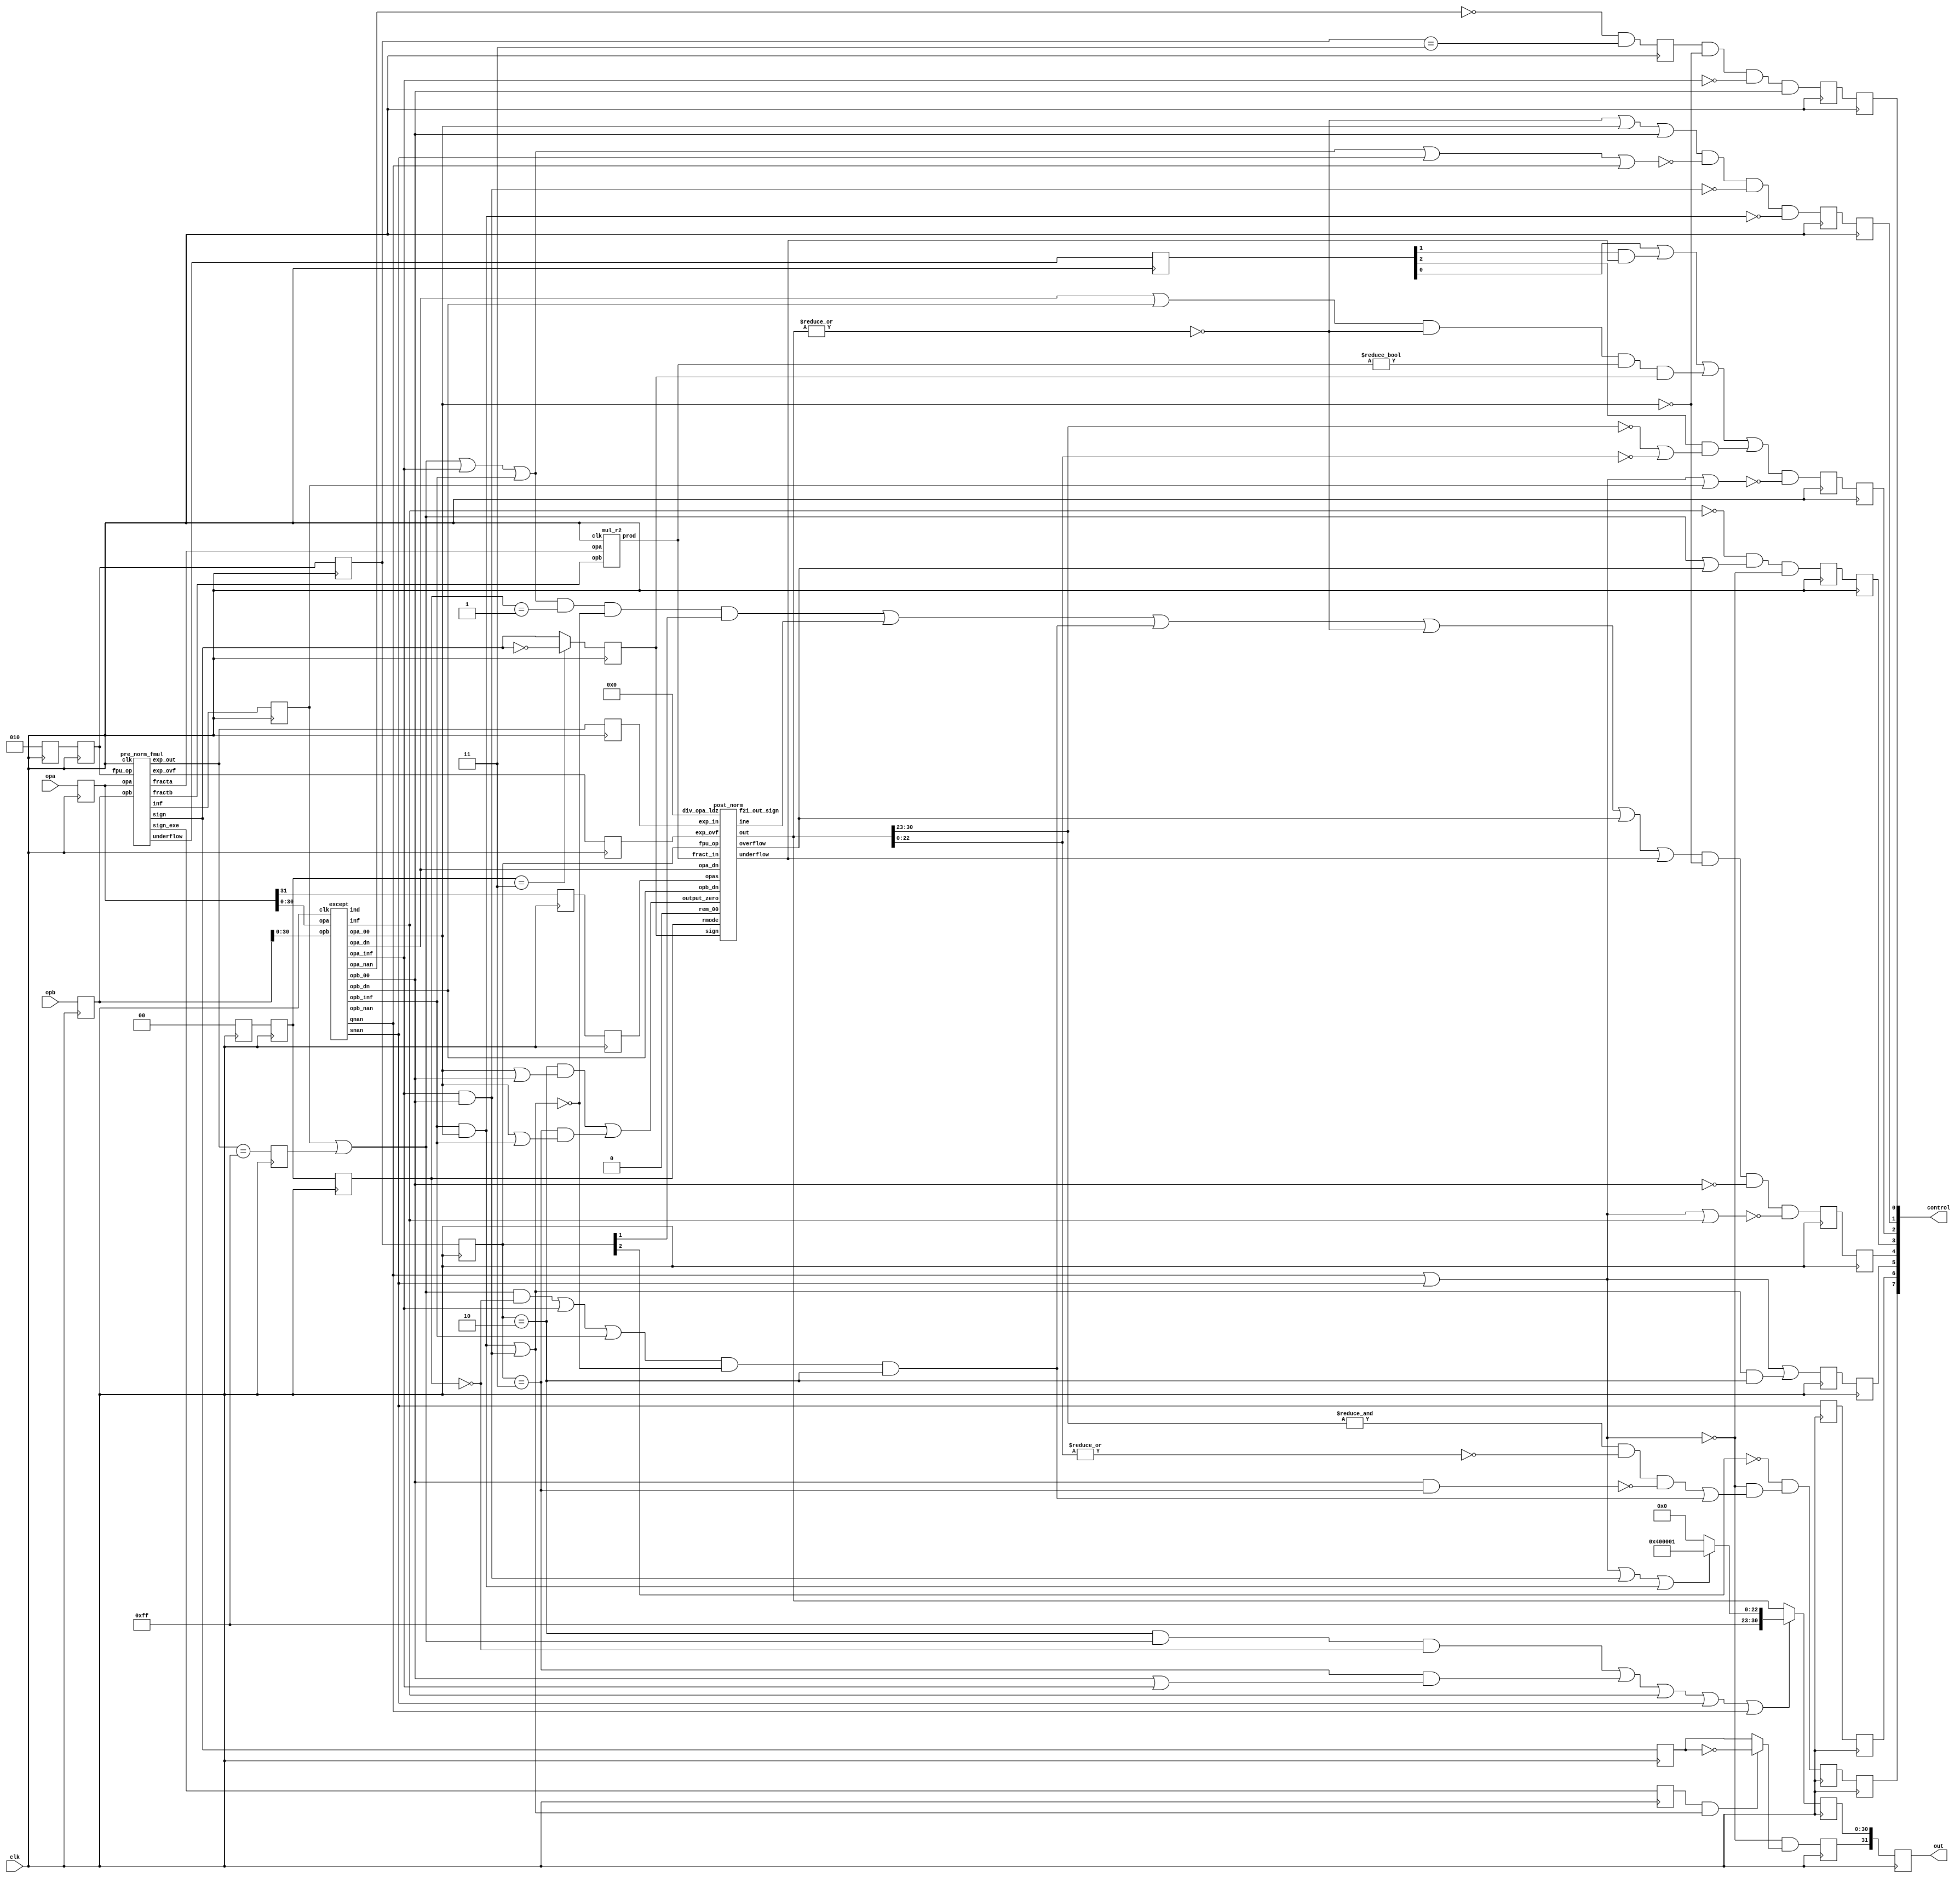
`define BITS 32         // Bit width of the operands
`define NumPath 34     

module fpu_mul( 
clk, 
//rmode, 
opa, opb, out, 
control
/*
inf, snan, qnan, ine, overflow, underflow, zero, div_by_zero
*/
);
input		clk;
//input	[1:0]	rmode;
input	[31:0]	opa, opb;
output	[31:0]	out;
output  [7:0] control;
/*
output		inf, snan, qnan;
output		ine;
output		overflow, underflow;
output		zero;
output		div_by_zero;
*/



////////////////////////////////////////////////////////////////////////
//
// Local Wires
//
reg [2:0] fpu_op;
reg		zero;
reg	[31:0]	opa_r, opb_r;		// Input operand registers
reg	[31:0]	out;			// Output register
reg		div_by_zero;		// Divide by zero output register
wire		signa, signb;		// alias to opX sign
wire		sign_fasu;		// sign output
wire	[26:0]	fracta, fractb;		// Fraction Outputs from EQU block
wire	[7:0]	exp_fasu;		// Exponent output from EQU block
reg	[7:0]	exp_r;			// Exponent output (registerd)
wire	[26:0]	fract_out_d;		// fraction output
wire		co;			// carry output
reg	[27:0]	fract_out_q;		// fraction output (registerd)
wire	[30:0]	out_d;			// Intermediate final result output
wire		overflow_d, underflow_d;// Overflow/Underflow Indicators
reg		overflow, underflow;	// Output registers for Overflow & Underflow
reg		inf, snan, qnan;	// Output Registers for INF, SNAN and QNAN
reg		ine;			// Output Registers for INE
reg	[1:0]	rmode_r1, rmode_r2, 	// Pipeline registers for rounding mode
		rmode_r3;
reg	[2:0]	fpu_op_r1, fpu_op_r2,	// Pipeline registers for fp opration
		fpu_op_r3;
wire		mul_inf, div_inf;
wire		mul_00, div_00;
/*
parameter	INF  = 31'h7f800000;
parameter	QNAN = 31'h7fc00001;
parameter	 SNAN = 31'h7f800001;

*/
wire	[1:0]	rmode;
assign rmode = 2'b00;

wire [30:0]	INF;
assign INF = 31'h7f800000;
wire [30:0]	QNAN; 
assign QNAN = 31'h7fc00001;
wire [30:0] SNAN;
assign SNAN = 31'h7f800001;

// start output_reg
reg [31:0]  out_o1;
reg     inf_o1, snan_o1, qnan_o1;
reg     ine_o1;
reg     overflow_o1, underflow_o1;
reg     zero_o1;
reg     div_by_zero_o1;
// end output_reg

wire [7:0] contorl;
assign control = {inf, snan, qnan, ine, overflow, underflow, zero, div_by_zero};

////////////////////////////////////////////////////////////////////////
//
// Input Registers
//

always @(posedge clk)  begin
 fpu_op[2:0] <= 3'b010;
end

always @(posedge clk)
	opa_r <= opa;

always @(posedge clk)
	opb_r <= opb;

always @(posedge clk)
	rmode_r1 <= rmode;

always @(posedge clk)
	rmode_r2 <= rmode_r1;

always @(posedge clk)
	rmode_r3 <= rmode_r2;

always @(posedge clk)
	fpu_op_r1 <= fpu_op;

always @(posedge clk)
	fpu_op_r2 <= fpu_op_r1;

always @(posedge clk)
	fpu_op_r3 <= fpu_op_r2;

////////////////////////////////////////////////////////////////////////
//
// Exceptions block
//
wire		inf_d, ind_d, qnan_d, snan_d, opa_nan, opb_nan;
wire		opa_00, opb_00;
wire		opa_inf, opb_inf;
wire		opa_dn, opb_dn;

except u0(	.clk(clk),
		.opa(opa_r[30:0]), .opb(opb_r[30:0]),
		.inf(inf_d), .ind(ind_d),
		.qnan(qnan_d), .snan(snan_d),
		.opa_nan(opa_nan), .opb_nan(opb_nan),
		.opa_00(opa_00), .opb_00(opb_00),
		.opa_inf(opa_inf), .opb_inf(opb_inf),
		.opa_dn(opa_dn), .opb_dn(opb_dn)
		);

////////////////////////////////////////////////////////////////////////
//
// Pre-Normalize block
// - Adjusts the numbers to equal exponents and sorts them
// - determine result sign
// - determine actual operation to perform (add or sub)
//

wire		nan_sign_d, result_zero_sign_d;
reg		sign_fasu_r;
wire	[7:0]	exp_mul;
wire		sign_mul;
reg		sign_mul_r;
wire	[23:0]	fracta_mul, fractb_mul;
wire		inf_mul;
reg		inf_mul_r;
wire	[1:0]	exp_ovf;
reg	[1:0]	exp_ovf_r;
wire		sign_exe;
reg		sign_exe_r;
wire	[2:0]	underflow_fmul_d;

pre_norm_fmul u2(
		.clk(clk),
		.fpu_op(fpu_op_r1),
		.opa(opa_r), .opb(opb_r),
		.fracta(fracta_mul),
		.fractb(fractb_mul),
		.exp_out(exp_mul),	// FMUL exponent output (registered)
		.sign(sign_mul),	// FMUL sign output (registered)
		.sign_exe(sign_exe),	// FMUL exception sign output (registered)
		.inf(inf_mul),		// FMUL inf output (registered)
		.exp_ovf(exp_ovf),	// FMUL exponnent overflow output (registered)
		.underflow(underflow_fmul_d)
		);

always @(posedge clk)
	sign_mul_r <=  sign_mul;

always @(posedge clk)
	sign_exe_r <=  sign_exe;

always @(posedge clk)
	inf_mul_r <=  inf_mul;

always @(posedge clk)
	exp_ovf_r <=  exp_ovf;


////////////////////////////////////////////////////////////////////////
//
// Mul
//
wire	[47:0]	prod;

mul_r2 u5(.clk(clk), .opa(fracta_mul), .opb(fractb_mul), .prod(prod));


////////////////////////////////////////////////////////////////////////
//
// Normalize Result
//
wire		ine_d;
reg	[47:0]	fract_denorm;
wire	[47:0]	fract_div;
wire		sign_d;
reg		sign;
reg	[30:0]	opa_r1;
reg	[47:0]	fract_i2f;
reg		opas_r1, opas_r2;
wire		f2i_out_sign;

always @(posedge clk)			// Exponent must be once cycle delayed
	exp_r <=  exp_mul;

always @(posedge clk)
	opa_r1 <= opa_r[30:0];

//always @(fpu_op_r3 or prod)
always @(prod)
	fract_denorm = prod;

always @(posedge clk)
	opas_r1 <=  opa_r[31];

always @(posedge clk)
	opas_r2 <=  opas_r1;

assign sign_d =  sign_mul;

always @(posedge clk)
	sign <=  (rmode_r2==2'h3) ? !sign_d : sign_d;

wire or_result;
assign or_result = mul_00 | div_00;
post_norm u4(
//.clk(clk),			// System Clock
	.fpu_op(fpu_op_r3),		// Floating Point Operation
	.opas(opas_r2),			// OPA Sign
	.sign(sign),			// Sign of the result
	.rmode(rmode_r3),		// Rounding mode
	.fract_in(fract_denorm),	// Fraction Input
	.exp_in(exp_r),			// Exponent Input
	.exp_ovf(exp_ovf_r),		// Exponent Overflow
	.opa_dn(opa_dn),		// Operand A Denormalized
	.opb_dn(opb_dn),		// Operand A Denormalized
	.rem_00(1'b0),		// Diveide Remainder is zero
	.div_opa_ldz(5'b00000),	// Divide opa leading zeros count
//	.output_zero(mul_00 | div_00),	// Force output to Zero
	.output_zero(or_result),	// Force output to Zero
	.out(out_d),			// Normalized output (un-registered)
	.ine(ine_d),			// Result Inexact output (un-registered)
	.overflow(overflow_d),		// Overflow output (un-registered)
	.underflow(underflow_d),	// Underflow output (un-registered)
	.f2i_out_sign(f2i_out_sign)	// F2I Output Sign
	);

////////////////////////////////////////////////////////////////////////
//
// FPU Outputs
//
wire	[30:0]	out_fixed;
wire		output_zero_fasu;
wire		output_zero_fdiv;
wire		output_zero_fmul;
reg		inf_mul2;
wire		overflow_fasu;
wire		overflow_fmul;
wire		overflow_fdiv;
wire		inf_fmul;
wire		sign_mul_final;
wire		out_d_00;
wire		sign_div_final;
wire		ine_mul, ine_mula, ine_div, ine_fasu;
wire		underflow_fasu, underflow_fmul, underflow_fdiv;
wire		underflow_fmul1;
reg	[2:0]	underflow_fmul_r;
reg		opa_nan_r;



always @(posedge clk)
	inf_mul2 <=  exp_mul == 8'hff;


// Force pre-set values for non numerical output
assign mul_inf = (fpu_op_r3==3'b010) & (inf_mul_r | inf_mul2) & (rmode_r3==2'h0);
assign div_inf = (fpu_op_r3==3'b011) & (opb_00 | opa_inf);

assign mul_00 = (fpu_op_r3==3'b010) & (opa_00 | opb_00);
assign div_00 = (fpu_op_r3==3'b011) & (opa_00 | opb_inf);

assign out_fixed = 
	( (qnan_d | snan_d) | 
		(opa_inf & opb_00)|
		(opb_inf & opa_00 )
	)  ? QNAN : INF;

always @(posedge clk)
	out_o1[30:0] <=  (mul_inf | div_inf | inf_d | snan_d | qnan_d) ?  out_fixed : out_d;

assign out_d_00 = !(|out_d);

assign sign_mul_final = (sign_exe_r & ((opa_00 & opb_inf) | (opb_00 & opa_inf))) ? !sign_mul_r : sign_mul_r;

assign sign_div_final = (sign_exe_r & (opa_inf & opb_inf)) ? !sign_mul_r : sign_mul_r | (opa_00 & opb_00);

always @(posedge clk)
//	out_o1[31] <= 	 !(snan_d | qnan_d) ?	sign_mul_final : nan_sign_d ;
  out_o1[31] <= !(snan_d | qnan_d) & sign_mul_final;

// Exception Outputs
assign ine_mula = ((inf_mul_r |  inf_mul2 | opa_inf | opb_inf) & (rmode_r3==2'h1) & 
		!((opa_inf & opb_00) | (opb_inf & opa_00 )) & fpu_op_r3[1]);

assign ine_mul  = (ine_mula | ine_d | inf_fmul | out_d_00 | overflow_d | underflow_d) &
		  !opa_00 & !opb_00 & !(snan_d | qnan_d | inf_d);

always @(posedge  clk)
	ine_o1 <=  ine_mul;


assign overflow_fmul = !inf_d & (inf_mul_r | inf_mul2 | overflow_d) & !(snan_d | qnan_d);

always @(posedge clk)
	overflow_o1 <= 	 overflow_fmul;

always @(posedge clk)
	underflow_fmul_r <=  underflow_fmul_d;

wire out_d_compare1;
assign out_d_compare1 = (out_d[30:23]==8'b0);

wire out_d_compare2;
assign out_d_compare2 = (out_d[22:0]==23'b0);
/*
assign underflow_fmul1 = underflow_fmul_r[0] |
			(underflow_fmul_r[1] & underflow_d ) |
			((opa_dn | opb_dn) & out_d_00 & (prod!=0) & sign) |
			(underflow_fmul_r[2] & ((out_d[30:23]==8'b0) | (out_d[22:0]==23'b0)));
*/
assign underflow_fmul1 = underflow_fmul_r[0] |
			(underflow_fmul_r[1] & underflow_d ) |
			((opa_dn | opb_dn) & out_d_00 & (prod!=48'b0) & sign) |
			(underflow_fmul_r[2] & (out_d_compare1 | out_d_compare2));


assign underflow_fmul = underflow_fmul1 & !(snan_d | qnan_d | inf_mul_r);
/*
always @(posedge clk)
begin
	underflow_o1 <=  1'b0;
	snan_o1 <= 1'b0;
	qnan_o1 <= 1'b0;
	inf_fmul <= 1'b0;
	inf_o1 <= 1'b0;
	zero_o1 <= 1'b0;
	opa_nan_r <= 1'b0;
	div_by_zero_o1 <= 1'b0;
end
assign output_zero_fmul = 1'b0;
*/


always @(posedge clk)
	underflow_o1 <=   underflow_fmul;

always @(posedge clk)
	snan_o1 <=  snan_d;

// Status Outputs
always @(posedge clk)
	qnan_o1 <= 	 ( snan_d | qnan_d |
				(((opa_inf & opb_00) | (opb_inf & opa_00 )) & fpu_op_r3==3'b010)
					   );

assign inf_fmul = 	(((inf_mul_r | inf_mul2) & (rmode_r3==2'h0)) | opa_inf | opb_inf) & 
			!((opa_inf & opb_00) | (opb_inf & opa_00 )) &
			fpu_op_r3==3'b010;

always @(posedge clk)
/*
	inf_o1 <= 	fpu_op_r3[2] ? 1'b0 :
			(!(qnan_d | snan_d) & 
			( ((&out_d[30:23]) & !(|out_d[22:0]) & !(opb_00 & fpu_op_r3==3'b011)) | inf_fmul)
			);
*/
	inf_o1 <= !fpu_op_r3[2] & (!(qnan_d | snan_d) & 
			( ((&out_d[30:23]) & !(|out_d[22:0]) & !(opb_00 & fpu_op_r3==3'b011)) | inf_fmul)
			);

assign output_zero_fmul = (out_d_00 | opa_00 | opb_00) &
			  !(inf_mul_r | inf_mul2 | opa_inf | opb_inf | snan_d | qnan_d) &
			  !(opa_inf & opb_00) & !(opb_inf & opa_00);

always @(posedge clk)
	zero_o1 <=  output_zero_fmul;

always @(posedge clk)
	opa_nan_r <=  (!opa_nan) & (fpu_op_r2==3'b011) ;

always @(posedge clk)
	div_by_zero_o1 <=  opa_nan_r & !opa_00 & !opa_inf & opb_00;


// output register
always @(posedge clk)
begin
	qnan <=  qnan_o1;
	out <=  out_o1;
	inf <=  inf_o1;
	snan <=  snan_o1;
	//qnan <=  qnan_o1;
	ine <=  ine_o1;
	overflow <=  overflow_o1;
	underflow <=  underflow_o1;
	zero <=  zero_o1;
	div_by_zero <=  div_by_zero_o1;
end
endmodule
module mul_r2(clk, opa, opb, prod);
input		clk;
input	[23:0]	opa, opb;
output	[47:0]	prod;

reg	[47:0]	prod1, prod;

always @(posedge clk)
	prod1 <=   opa * opb;

always @(posedge clk)
	prod <=   prod1;

endmodule
module pre_norm_fmul(clk, fpu_op, opa, opb, fracta, fractb, exp_out, sign,
		sign_exe, inf, exp_ovf, underflow);
input		clk;
input	[2:0]	fpu_op;
input	[31:0]	opa, opb;
output	[23:0]	fracta, fractb;
output	[7:0]	exp_out;
output		sign, sign_exe;
output		inf;
output	[1:0]	exp_ovf;
output	[2:0]	underflow;

////////////////////////////////////////////////////////////////////////
//
// Local Wires and registers
//

reg	[7:0]	exp_out;
wire		signa, signb;
reg		sign, sign_d;
reg		sign_exe;
reg		inf;
wire	[1:0]	exp_ovf_d;
reg	[1:0]	exp_ovf;
wire	[7:0]	expa, expb;
wire	[7:0]	exp_tmp1, exp_tmp2;
wire		co1, co2;
wire		expa_dn, expb_dn;
wire	[7:0]	exp_out_a;
wire		opa_00, opb_00, fracta_00, fractb_00;
wire	[7:0]	exp_tmp3, exp_tmp4, exp_tmp5;
wire	[2:0]	underflow_d;
reg	[2:0]	underflow;
wire		op_div;
wire	[7:0]	exp_out_mul, exp_out_div;

assign op_div = (fpu_op == 3'b011);
////////////////////////////////////////////////////////////////////////
//
// Aliases
//
assign  signa = opa[31];
assign  signb = opb[31];
assign   expa = opa[30:23];
assign   expb = opb[30:23];

////////////////////////////////////////////////////////////////////////
//
// Calculate Exponenet
//

assign expa_dn   = !(|expa);
assign expb_dn   = !(|expb);
assign opa_00    = !(|opa[30:0]);
assign opb_00    = !(|opb[30:0]);
assign fracta_00 = !(|opa[22:0]);
assign fractb_00 = !(|opb[22:0]);

assign fracta[22:0] = opa[22:0];
assign fractb[22:0] = opb[22:0];
assign fracta[23:23] = !expa_dn;
assign fractb[23:23] = !expb_dn;
//assign fracta = {!expa_dn,opa[22:0]};	// Recover hidden bit
//assign fractb = {!expb_dn,opb[22:0]};	// Recover hidden bit

assign {co1,exp_tmp1} = op_div ? ({1'b0,expa[7:0]} - {1'b0,expb[7:0]}) : ({1'b0,expa[7:0]} + {1'b0,expb[7:0]});
assign {co2,exp_tmp2} = op_div ? ({co1,exp_tmp1} + 9'h07f) : ({co1,exp_tmp1} - 9'h07f);
assign exp_tmp3 = exp_tmp2 + 8'h01;
assign exp_tmp4 = 8'h7f - exp_tmp1;
assign exp_tmp5 = op_div ? (exp_tmp4+8'h01) : (exp_tmp4-8'h01);


always@(posedge clk)
	exp_out <= op_div ? exp_out_div : exp_out_mul;

assign exp_out_div = (expa_dn | expb_dn) ? (co2 ? exp_tmp5 : exp_tmp3 ) : co2 ? exp_tmp4 : exp_tmp2;
assign exp_out_mul = exp_ovf_d[1] ? exp_out_a : (expa_dn | expb_dn) ? exp_tmp3 : exp_tmp2;
assign exp_out_a   = (expa_dn | expb_dn) ? exp_tmp5 : exp_tmp4;
assign exp_ovf_d[0] = op_div ? (expa[7] & !expb[7]) : (co2 & expa[7] & expb[7]);
assign exp_ovf_d[1] = op_div ? co2                  : ((!expa[7] & !expb[7] & exp_tmp2[7]) | co2);

always @(posedge clk)
	exp_ovf <=   exp_ovf_d;

assign underflow_d[0] =	(exp_tmp1 < 8'h7f) & !co1 & !(opa_00 | opb_00 | expa_dn | expb_dn);
assign underflow_d[1] =	((expa[7] | expb[7]) & !opa_00 & !opb_00) |
			 (expa_dn & !fracta_00) | (expb_dn & !fractb_00);
assign underflow_d[2] =	 !opa_00 & !opb_00 & (exp_tmp1 == 8'h7f);

always @(posedge clk)
	underflow <= underflow_d;

always @(posedge clk)
	inf <= op_div ? (expb_dn & !expa[7]) : ({co1,exp_tmp1} > 9'h17e) ;


////////////////////////////////////////////////////////////////////////
//
// Determine sign for the output
//

// sign: 0=Posetive Number; 1=Negative Number
always @(signa or signb)
   case({signa, signb})		// synopsys full_case parallel_case
	2'b00: sign_d = 0;
	2'b01: sign_d = 1;
	2'b10: sign_d = 1;
	2'b11: sign_d = 0;
   endcase

always @(posedge clk)
	sign <= sign_d;

always @(posedge clk)
	sign_exe <= signa & signb;

endmodule

module except(	clk, opa, opb, inf, ind, qnan, snan, opa_nan, opb_nan,
		opa_00, opb_00, opa_inf, opb_inf, opa_dn, opb_dn);
input		clk;
input	[30:0]	opa, opb;
output		inf, ind, qnan, snan, opa_nan, opb_nan;
output		opa_00, opb_00;
output		opa_inf, opb_inf;
output		opa_dn;
output		opb_dn;

////////////////////////////////////////////////////////////////////////
//
// Local Wires and registers
//

wire	[7:0]	expa, expb;		// alias to opX exponent
wire	[22:0]	fracta, fractb;		// alias to opX fraction
reg		expa_ff, infa_f_r, qnan_r_a, snan_r_a;
reg		expb_ff, infb_f_r, qnan_r_b, snan_r_b;
reg		inf, ind, qnan, snan;	// Output registers
reg		opa_nan, opb_nan;
reg		expa_00, expb_00, fracta_00, fractb_00;
reg		opa_00, opb_00;
reg		opa_inf, opb_inf;
reg		opa_dn, opb_dn;

////////////////////////////////////////////////////////////////////////
//
// Aliases
//

assign   expa = opa[30:23];
assign   expb = opb[30:23];
assign fracta = opa[22:0];
assign fractb = opb[22:0];

////////////////////////////////////////////////////////////////////////
//
// Determine if any of the input operators is a INF or NAN or any other special number
//

always @(posedge clk)
	expa_ff <=  &expa;

always @(posedge clk)
	expb_ff <=  &expb;
	
always @(posedge clk)
	infa_f_r <=  !(|fracta);

always @(posedge clk)
	infb_f_r <=  !(|fractb);

always @(posedge clk)
	qnan_r_a <=   fracta[22];

always @(posedge clk)
	snan_r_a <=  !fracta[22] & |fracta[21:0];
	
always @(posedge clk)
	qnan_r_b <=   fractb[22];

always @(posedge clk)
	snan_r_b <=  !fractb[22] & |fractb[21:0];

always @(posedge clk)
	ind  <=  (expa_ff & infa_f_r) & (expb_ff & infb_f_r);

always @(posedge clk)
	inf  <=  (expa_ff & infa_f_r) | (expb_ff & infb_f_r);

always @(posedge clk)
	qnan <=  (expa_ff & qnan_r_a) | (expb_ff & qnan_r_b);

always @(posedge clk)
	snan <=  (expa_ff & snan_r_a) | (expb_ff & snan_r_b);

always @(posedge clk)
	opa_nan <=  &expa & (|fracta[22:0]);

always @(posedge clk)
	opb_nan <=  &expb & (|fractb[22:0]);

always @(posedge clk)
	opa_inf <=  (expa_ff & infa_f_r);

always @(posedge clk)
	opb_inf <=  (expb_ff & infb_f_r);

always @(posedge clk)
	expa_00 <=  !(|expa);

always @(posedge clk)
	expb_00 <=  !(|expb);

always @(posedge clk)
	fracta_00 <=  !(|fracta);

always @(posedge clk)
	fractb_00 <=  !(|fractb);

always @(posedge clk)
	opa_00 <=  expa_00 & fracta_00;

always @(posedge clk)
	opb_00 <=  expb_00 & fractb_00;

always @(posedge clk)
	opa_dn <=  expa_00;

always @(posedge clk)
	opb_dn <=  expb_00;

endmodule

module post_norm( fpu_op, opas, sign, rmode, fract_in, exp_in, exp_ovf,
		opa_dn, opb_dn, rem_00, div_opa_ldz, output_zero, out,
		ine, overflow, underflow, f2i_out_sign);
	input	[2:0]	fpu_op;
	input		opas;
	input		sign;
	input	[1:0]	rmode;
	input	[47:0]	fract_in;
	input	[7:0]	exp_in;
	input	[1:0]	exp_ovf;
	input		opa_dn, opb_dn;
	input		rem_00;
	input	[4:0]	div_opa_ldz;
	input		output_zero;
	output	[30:0]	out;
	output		ine;
	output		overflow, underflow;
	output		f2i_out_sign;

	////////////////////////////////////////////////////////////////////////
	//
	// Local Wires and registers
	//

	wire	[22:0]	fract_out;
	wire	[7:0]	exp_out;
	wire	[30:0]	out;
	wire		exp_out1_co, overflow, underflow;
	wire	[22:0]	fract_out_final;
	reg	[22:0]	fract_out_rnd;
	wire	[8:0]	exp_next_mi;
	wire		dn;
	wire		exp_rnd_adj;
	wire	[7:0]	exp_out_final;
	reg	[7:0]	exp_out_rnd;
	wire		op_dn;

	wire		op_mul;
	wire		op_div;
	wire		op_i2f;
	wire		op_f2i;


	//reg	[5:0]	fi_ldz;
	wire	[5:0]	fi_ldz;

	wire		g, r, s;
	wire		round, round2, round2a, round2_fasu, round2_fmul;
	wire	[7:0]	exp_out_rnd0, exp_out_rnd1, exp_out_rnd2, exp_out_rnd2a;
	wire	[22:0]	fract_out_rnd0, fract_out_rnd1, fract_out_rnd2, fract_out_rnd2a;
	wire		exp_rnd_adj0, exp_rnd_adj2a;
	wire		r_sign;
	wire		ovf0, ovf1;
	wire	[23:0]	fract_out_pl1;
	wire	[7:0]	exp_out_pl1, exp_out_mi1;
	wire		exp_out_00, exp_out_fe, exp_out_ff, exp_in_00, exp_in_ff;
	wire		exp_out_final_ff, fract_out_7fffff;
	wire	[24:0]	fract_trunc;
	wire	[7:0]	exp_out1;
	wire		grs_sel;
	wire		fract_out_00, fract_in_00;
	wire		shft_co;
	wire	[8:0]	exp_in_pl1, exp_in_mi1;
	wire	[47:0]	fract_in_shftr;
	wire	[47:0]	fract_in_shftl;

	// for block shifter
	wire	[47:0]	fract_in_shftr_1;
	wire	[47:0]	fract_in_shftl_1;
	// end for block shifter

	wire	[7:0]	exp_div;
	wire	[7:0]	shft2;
	wire	[7:0]	exp_out1_mi1;
	wire		div_dn;
	wire		div_nr;
	wire		grs_sel_div;

	wire		div_inf;
	wire	[6:0]	fi_ldz_2a;
	wire	[7:0]	fi_ldz_2;
	wire	[7:0]	div_shft1, div_shft2, div_shft3, div_shft4;
	wire		div_shft1_co;
	wire	[8:0]	div_exp1;
	wire	[7:0]	div_exp2, div_exp3;
	wire		left_right, lr_mul, lr_div;
	wire	[7:0]	shift_right, shftr_mul, shftr_div;
	wire	[7:0]	shift_left,  shftl_mul, shftl_div;
	wire	[7:0]	fasu_shift;
	wire	[7:0]	exp_fix_div;

	wire	[7:0]	exp_fix_diva, exp_fix_divb;
	wire	[5:0]	fi_ldz_mi1;
	wire	[5:0]	fi_ldz_mi22;
	wire		exp_zero;
	wire	[6:0]	ldz_all;
	wire	[7:0]	ldz_dif;

	wire	[8:0]	div_scht1a;
	wire	[7:0]	f2i_shft;
	wire	[55:0]	exp_f2i_1;
	wire		f2i_zero, f2i_max;
	wire	[7:0]	f2i_emin;
	wire	[7:0]	conv_shft;
	wire	[7:0]	exp_i2f, exp_f2i, conv_exp;
	wire		round2_f2i;


	assign		op_mul = fpu_op[2:0]==3'b010;
	assign		op_div = fpu_op[2:0]==3'b011;
	assign		op_i2f = fpu_op[2:0]==3'b100;
	assign		op_f2i = fpu_op[2:0]==3'b101;
	assign		op_dn = opa_dn | opb_dn;

	pri_encoder u6(
		.fract_in (fract_in),
		.fi_ldz (fi_ldz)
	);

	// ---------------------------------------------------------------------
	// Normalize

	wire		exp_in_80;
	wire		rmode_00, rmode_01, rmode_10, rmode_11;

	// Misc common signals
	assign exp_in_ff        = &exp_in;
	assign exp_in_00        = !(|exp_in);
	assign exp_in_80	= exp_in[7] & !(|exp_in[6:0]);
	assign exp_out_ff       = &exp_out;
	assign exp_out_00       = !(|exp_out);
	assign exp_out_fe       = &exp_out[7:1] & !exp_out[0];
	assign exp_out_final_ff = &exp_out_final;

	assign fract_out_7fffff = &fract_out;
	assign fract_out_00     = !(|fract_out);
	assign fract_in_00      = !(|fract_in);

	assign rmode_00 = (rmode==2'b00);
	assign rmode_01 = (rmode==2'b01);
	assign rmode_10 = (rmode==2'b10);
	assign rmode_11 = (rmode==2'b11);

	// Fasu Output will be denormalized ...
	assign dn = !op_mul & !op_div & (exp_in_00 | (exp_next_mi[8] & !fract_in[47]) );

	// ---------------------------------------------------------------------
	// Fraction Normalization
	wire[7:0] f2i_emax;
	assign f2i_emax = 8'h9d;
	//parameter	f2i_emax = 8'h9d;

	// Incremented fraction for rounding
	assign fract_out_pl1 = {1'b0, fract_out} + 24'h000001;

	// Special Signals for f2i
	assign f2i_emin = rmode_00 ? 8'h7e : 8'h7f;
	assign f2i_zero = (!opas & (exp_in<f2i_emin)) | (opas & (exp_in>f2i_emax)) | (opas & (exp_in<f2i_emin) & (fract_in_00 | !rmode_11));
	assign f2i_max = (!opas & (exp_in>f2i_emax)) | (opas & (exp_in<f2i_emin) & !fract_in_00 & rmode_11);

	// Calculate various shifting options

	assign {shft_co,shftr_mul} = (!exp_ovf[1] & exp_in_00) ? {1'b0, exp_out} : exp_in_mi1 ;
	assign {div_shft1_co, div_shft1} = exp_in_00 ? {1'b0, div_opa_ldz} : div_scht1a;
	assign div_scht1a = {1'b0, exp_in}-{4'b0, div_opa_ldz}; // 9 bits - includes carry out
	assign div_shft2  = exp_in+8'h02;
	assign div_shft3  = {3'b0, div_opa_ldz}+exp_in;
	assign div_shft4  = {3'b0, div_opa_ldz}-exp_in;

	assign div_dn    = op_dn & div_shft1_co;
	assign div_nr    = op_dn & exp_ovf[1]  & !(|fract_in[46:23]) & (div_shft3>8'h16);

	assign f2i_shft  = exp_in-8'h7d;

	// Select shifting direction
	assign left_right = op_div ? lr_div : op_mul ? lr_mul :1'b1;

	assign lr_div = 	(op_dn & !exp_ovf[1] & exp_ovf[0])     ? 1'b1 :
				(op_dn & exp_ovf[1])                   ? 1'b0 :
				(op_dn & div_shft1_co)                 ? 1'b0 :
				(op_dn & exp_out_00)                   ? 1'b1 :
				(!op_dn & exp_out_00 & !exp_ovf[1])    ? 1'b1 :
				exp_ovf[1]                             ? 1'b0 :
					                                 1'b1;
	assign lr_mul = 	(shft_co | (!exp_ovf[1] & exp_in_00) |
				(!exp_ovf[1] & !exp_in_00 & (exp_out1_co | exp_out_00) )) ? 	1'b1 :
				( exp_ovf[1] | exp_in_00 ) ?					1'b0 :
												1'b1;

	// Select Left and Right shift value
	assign fasu_shift  = (dn | exp_out_00) ? (exp_in_00 ? 8'h02 : exp_in_pl1[7:0]) : {2'h0, fi_ldz};
	assign shift_right = op_div ? shftr_div : shftr_mul;

	assign conv_shft = op_f2i ? f2i_shft : {2'h0, fi_ldz};

	assign shift_left  = op_div ? shftl_div : op_mul ? shftl_mul : (op_f2i | op_i2f) ? conv_shft : fasu_shift;

	assign shftl_mul = 	(shft_co |
				(!exp_ovf[1] & exp_in_00) |
				(!exp_ovf[1] & !exp_in_00 & (exp_out1_co | exp_out_00))) ? exp_in_pl1[7:0] : {2'h0, fi_ldz};

	assign shftl_div = 	( op_dn & exp_out_00 & !(!exp_ovf[1] & exp_ovf[0]))	? div_shft1[7:0] :
				(!op_dn & exp_out_00 & !exp_ovf[1])    			? exp_in[7:0] :
					                                		 {2'h0, fi_ldz};
	assign shftr_div = 	(op_dn & exp_ovf[1])                   ? div_shft3 :
				(op_dn & div_shft1_co)                 ? div_shft4 : div_shft2;
	// Do the actual shifting
	//assign fract_in_shftr   = (|shift_right[7:6])                      ? 0 : fract_in>>shift_right[5:0];
	//assign fract_in_shftl   = (|shift_left[7:6] | (f2i_zero & op_f2i)) ? 0 : fract_in<<shift_left[5:0];

	b_right_shifter u1(
		.shift_in (fract_in),
		.shift_value (shift_right[5:0]),
		.shift_out (fract_in_shftr_1)
	);

	assign fract_in_shftr   = (|shift_right[7:6]) ? 48'b0 : fract_in_shftr_1; // fract_in>>shift_right[5:0];


	b_left_shifter u7(
		.shift_in (fract_in),
		.shift_value (shift_left[5:0]),
		.shift_out (fract_in_shftl_1)
	);

	assign fract_in_shftl   = (|shift_left[7:6] | (f2i_zero & op_f2i)) ? 48'b0 : fract_in_shftl_1; // fract_in<<shift_left[5:0];


	// Chose final fraction output
	assign {fract_out,fract_trunc} = left_right ? fract_in_shftl : fract_in_shftr;

	// ---------------------------------------------------------------------
	// Exponent Normalization

	assign fi_ldz_mi1    = fi_ldz - 6'h01;
	assign fi_ldz_mi22   = fi_ldz - 6'd22;
	assign exp_out_pl1   = exp_out + 8'h01;
	assign exp_out_mi1   = exp_out - 8'h01;
	assign exp_in_pl1    = {1'b0, exp_in}  + 9'd1;	// 9 bits - includes carry out
	assign exp_in_mi1    = {1'b0, exp_in}  - 9'd1;	// 9 bits - includes carry out
	assign exp_out1_mi1  = exp_out1 - 8'h01;

	assign exp_next_mi  = exp_in_pl1 - {3'b0, fi_ldz_mi1};	// 9 bits - includes carry out

	assign exp_fix_diva = exp_in - {2'b0, fi_ldz_mi22};
	assign exp_fix_divb = exp_in - {2'b0, fi_ldz_mi1};

	//assign exp_zero  = (exp_ovf[1] & !exp_ovf[0] & op_mul & (!exp_rnd_adj2a | !rmode[1])) | (op_mul & exp_out1_co);
	assign exp_zero  = (exp_ovf[1] & !exp_ovf[0] & op_mul ) | (op_mul & exp_out1_co);

	assign {exp_out1_co, exp_out1} = fract_in[47] ? exp_in_pl1 : exp_next_mi;

	assign f2i_out_sign =  !opas ? ((exp_in<f2i_emin) ? 1'b0 : (exp_in>f2i_emax) ? 1'b0 : opas) :
				       ((exp_in<f2i_emin) ? 1'b0 : (exp_in>f2i_emax) ? 1'b1 : opas);

	assign exp_i2f   = fract_in_00 ? (opas ? 8'h9e : 8'h00) : (8'h9e-{2'b0, fi_ldz});

	//assign exp_f2i_1 = {{8{fract_in[47]}}, fract_in }<<f2i_shft;
	b_left_shifter_new u3(
		.shift_in ({{8{fract_in[47]}}, fract_in }),
		.shift_value (f2i_shft[5:0]),
		.shift_out (exp_f2i_1)
	);

	assign exp_f2i   = f2i_zero ? 8'h00 : f2i_max ? 8'hff : exp_f2i_1[55:48];
	assign conv_exp  = op_f2i ? exp_f2i : exp_i2f;

	assign exp_out = op_div ? exp_div : (op_f2i | op_i2f) ? conv_exp : exp_zero ? 8'h0 : dn ? {6'h0, fract_in[47:46]} : exp_out1;

	assign ldz_all   = {2'b0, div_opa_ldz} + {1'b0, fi_ldz};
	assign ldz_dif   = fi_ldz_2 - {3'b0, div_opa_ldz};
	assign fi_ldz_2a = 7'd23 - {1'b0,fi_ldz};
	assign fi_ldz_2  = {fi_ldz_2a[6], fi_ldz_2a[6:0]};

	assign div_exp1  = exp_in_mi1 + {1'b0, fi_ldz_2};	// 9 bits - includes carry out

	assign div_exp2  = exp_in_pl1[7:0] - {1'b0, ldz_all};
	assign div_exp3  = exp_in + ldz_dif;

	assign exp_div =(opa_dn & opb_dn)? div_exp3 : opb_dn? div_exp1[7:0] :
			(opa_dn & !( (exp_in[4:0]<div_opa_ldz) | (div_exp2>8'hfe) ))	? div_exp2 :
			(opa_dn | (exp_in_00 & !exp_ovf[1]) )			? 8'h00 :
										  exp_out1_mi1;

	assign div_inf = opb_dn & !opa_dn & (div_exp1[7:0] < 8'h7f);

	// ---------------------------------------------------------------------
	// Round

	// Extract rounding (GRS) bits
	assign grs_sel_div = op_div & (exp_ovf[1] | div_dn | exp_out1_co | exp_out_00);

	assign g = grs_sel_div ? fract_out[0]                   : fract_out[0];
	assign r = grs_sel_div ? (fract_trunc[24] & !div_nr)    : fract_trunc[24];
	assign s = grs_sel_div ? |fract_trunc[24:0]             : (|fract_trunc[23:0] | (fract_trunc[24] & op_div));

	// Round to nearest even
	assign round = (g & r) | (r & s) ;
	assign {exp_rnd_adj0, fract_out_rnd0} = round ? fract_out_pl1 : {1'b0, fract_out};
	assign exp_out_rnd0 =  exp_rnd_adj0 ? exp_out_pl1 : exp_out;
	assign ovf0 = exp_out_final_ff & !rmode_01 & !op_f2i;

	// round to zero
	assign fract_out_rnd1 = (exp_out_ff & !op_div & !dn & !op_f2i) ? 23'h7fffff : fract_out;
	assign exp_fix_div    = (fi_ldz>6'd22) ? exp_fix_diva : exp_fix_divb;
	assign exp_out_rnd1   = (g & r & s & exp_in_ff) ? (op_div ? exp_fix_div : exp_next_mi[7:0]) : (exp_out_ff & !op_f2i) ? exp_in : exp_out;
	assign ovf1 = exp_out_ff & !dn;

	// round to +inf (UP) and -inf (DOWN)
	assign r_sign = sign;

	assign round2a = !exp_out_fe | !fract_out_7fffff | (exp_out_fe & fract_out_7fffff);
	assign round2_fasu = ((r | s) & !r_sign) & (!exp_out[7] | (exp_out[7] & round2a));

	assign round2_fmul = !r_sign & 
			(
				(exp_ovf[1] & !fract_in_00 &
					( ((!exp_out1_co | op_dn) & (r | s | (!rem_00 & op_div) )) | fract_out_00 | (!op_dn & !op_div))
				 ) |
				(
					(r | s | (!rem_00 & op_div)) & (
							(!exp_ovf[1] & (exp_in_80 | !exp_ovf[0])) | op_div |
							( exp_ovf[1] & !exp_ovf[0] & exp_out1_co)
						)
				)
			);

	//assign round2_f2i = rmode_10 & (( |fract_in[23:0] & !opas & (exp_in<8'h80 )) | (|fract_trunc));
	wire temp_fract_in;
	assign temp_fract_in = |fract_in[23:0];
	assign round2_f2i = rmode_10 & (( temp_fract_in & !opas & (exp_in<8'h80 )) | (|fract_trunc));

	assign round2 = (op_mul | op_div) ? round2_fmul : op_f2i ? round2_f2i : round2_fasu;

	assign {exp_rnd_adj2a, fract_out_rnd2a} = round2 ? fract_out_pl1 : {1'b0, fract_out};
	assign exp_out_rnd2a  = exp_rnd_adj2a ? ((exp_ovf[1] & op_mul) ? exp_out_mi1 : exp_out_pl1) : exp_out;

	assign fract_out_rnd2 = (r_sign & exp_out_ff & !op_div & !dn & !op_f2i) ? 23'h7fffff : fract_out_rnd2a;
	assign exp_out_rnd2   = (r_sign & exp_out_ff & !op_f2i) ? 8'hfe      : exp_out_rnd2a;


	// Choose rounding mode

	always @(rmode or exp_out_rnd0 or exp_out_rnd1 or exp_out_rnd2)
		case(rmode)	// synopsys full_case parallel_case
		   2'b00: exp_out_rnd = exp_out_rnd0;
		   2'b01: exp_out_rnd = exp_out_rnd1;
		2'b10: exp_out_rnd = exp_out_rnd2;
		2'b11: exp_out_rnd = exp_out_rnd2;
		endcase

	always @(rmode or fract_out_rnd0 or fract_out_rnd1 or fract_out_rnd2)
		case (rmode)	// synopsys full_case parallel_case
			2'b00: fract_out_rnd = fract_out_rnd0;
			2'b01: fract_out_rnd = fract_out_rnd1;
			2'b10: fract_out_rnd = fract_out_rnd2;
			2'b11: fract_out_rnd = fract_out_rnd2;
		endcase

	// ---------------------------------------------------------------------
	// Final Output Mux
	// Fix Output for denormalized and special numbers
	wire	max_num, inf_out;

	assign	max_num =  ( !rmode_00 & (op_mul | op_div ) & (
								  ( exp_ovf[1] &  exp_ovf[0]) |
								  (!exp_ovf[1] & !exp_ovf[0] & exp_in_ff & (fi_ldz_2<8'd24) & (exp_out!=8'hfe) )
								  )
			   ) |

			   ( op_div & (
					   ( rmode_01 & ( div_inf |
								 (exp_out_ff & !exp_ovf[1] ) |
								 (exp_ovf[1] &  exp_ovf[0] )
							)
					   ) |
		
					   ( rmode[1] & !exp_ovf[1] & (
									   ( exp_ovf[0] & exp_in_ff & r_sign & fract_in[47]
									   ) |
						
									   (  r_sign & (
											(fract_in[47] & div_inf) |
											(exp_in[7] & !exp_out_rnd[7] & !exp_in_80 & exp_out!=8'h7f ) |
											(exp_in[7] &  exp_out_rnd[7] & r_sign & exp_out_ff & op_dn &
												 div_exp1>9'h0fe )
											)
									   ) |

									   ( exp_in_00 & r_sign & (
													div_inf |
													(r_sign & exp_out_ff & fi_ldz_2<8'h18)
												  )
									   )
								       )
					  )
				    )
			   );


	assign inf_out = (rmode[1] & (op_mul | op_div) & !r_sign & (	(exp_in_ff & !op_div) |
									(exp_ovf[1] & exp_ovf[0] & (exp_in_00 | exp_in[7]) ) 
								   )
			) | (div_inf & op_div & (
					 rmode_00 |
					(rmode[1] & !exp_in_ff & !exp_ovf[1] & !exp_ovf[0] & !r_sign ) |
					(rmode[1] & !exp_ovf[1] & exp_ovf[0] & exp_in_00 & !r_sign)
					)
			) | (op_div & rmode[1] & exp_in_ff & op_dn & !r_sign & (fi_ldz_2 < 8'd24)  & (exp_out_rnd!=8'hfe) );

	assign fract_out_final =	(inf_out | ovf0 | output_zero ) ? 23'h000000 :
					(max_num | (f2i_max & op_f2i) ) ? 23'h7fffff :
					fract_out_rnd;

	assign exp_out_final =	((op_div & exp_ovf[1] & !exp_ovf[0]) | output_zero ) ? 8'h00 :
				((op_div & exp_ovf[1] &  exp_ovf[0] & rmode_00) | inf_out | (f2i_max & op_f2i) ) ? 8'hff :
				max_num ? 8'hfe :
				exp_out_rnd;


	// ---------------------------------------------------------------------
	// Pack Result

	assign out = {exp_out_final, fract_out_final};

	// ---------------------------------------------------------------------
	// Exceptions
	wire		underflow_fmul;
	wire		overflow_fdiv;
	wire		undeflow_div;

	wire		z;
	assign		z =	shft_co | ( exp_ovf[1] |  exp_in_00) |
				(!exp_ovf[1] & !exp_in_00 & (exp_out1_co | exp_out_00));

	assign underflow_fmul = ( (|fract_trunc) & z & !exp_in_ff ) |
				(fract_out_00 & !fract_in_00 & exp_ovf[1]);


	assign undeflow_div =	!(exp_ovf[1] &  exp_ovf[0] & rmode_00) & !inf_out & !max_num & exp_out_final!=8'hff & (

				((|fract_trunc) & !opb_dn & (
								( op_dn & !exp_ovf[1] & exp_ovf[0])	|
								( op_dn &  exp_ovf[1])			|
								( op_dn &  div_shft1_co)		| 
								  exp_out_00				|
								  exp_ovf[1]
							  )

				) |

				( exp_ovf[1] & !exp_ovf[0] & (
								(  op_dn & exp_in>8'h16 & fi_ldz<6'd23) |
								(  op_dn & exp_in<8'd23 & fi_ldz<6'd23 & !rem_00) |
								( !op_dn & (exp_in[7]==exp_div[7]) & !rem_00) |
								( !op_dn & exp_in_00 & (exp_div[7:1]==7'h7f) ) |
								( !op_dn & exp_in<8'h7f & exp_in>8'h20 )
								)
				) |

				(!exp_ovf[1] & !exp_ovf[0] & (
								( op_dn & fi_ldz<6'd23 & exp_out_00) |
								( exp_in_00 & !rem_00) |
								( !op_dn & ldz_all<7'd23 & exp_in==8'h01 & exp_out_00 & !rem_00)
								)
				)

				);

	assign underflow = op_div ? undeflow_div : op_mul ? underflow_fmul : (!fract_in[47] & exp_out1_co) & !dn;

	assign overflow_fdiv =	inf_out |
				(!rmode_00 & max_num) |
				(exp_in[7] & op_dn & exp_out_ff) |
				(exp_ovf[0] & (exp_ovf[1] | exp_out_ff) );

	assign overflow  = op_div ? overflow_fdiv : (ovf0 | ovf1);

	wire		f2i_ine;
	assign f2i_ine =	(f2i_zero & !fract_in_00 & !opas) |
				(|fract_trunc) |
				(f2i_zero & (exp_in<8'h80) & opas & !fract_in_00) |
				(f2i_max & rmode_11 & (exp_in<8'h80));



	assign ine =	op_f2i ? f2i_ine :
			op_i2f ? (|fract_trunc) :
			((r & !dn) | (s & !dn) | max_num | (op_div & !rem_00));
endmodule
module b_left_shifter_new (
	shift_in,
	shift_value,
	shift_out
);

input [55:0] shift_in;
input [5:0] shift_value;
output [55:0] shift_out;
reg [55:0] shift_out;

always @(shift_value)
begin
	case (shift_value)	
		6'b000000: shift_out = shift_in;
		6'b000001: shift_out = shift_in << 1;
		6'b000010: shift_out = shift_in << 2;
		6'b000011: shift_out = shift_in << 3;
		6'b000100: shift_out = shift_in << 4;
		6'b000101: shift_out = shift_in << 5;
		6'b000110: shift_out = shift_in << 6;
		6'b000111: shift_out = shift_in << 7;		
		6'b001000: shift_out = shift_in << 8;
		6'b001001: shift_out = shift_in << 9;
		6'b001010: shift_out = shift_in << 10;
		6'b001011: shift_out = shift_in << 11;
		6'b001100: shift_out = shift_in << 12;
		6'b001101: shift_out = shift_in << 13;
		6'b001110: shift_out = shift_in << 14;
		6'b001111: shift_out = shift_in << 15;		
		6'b010000: shift_out = shift_in << 16;
		6'b010001: shift_out = shift_in << 17;
		6'b010010: shift_out = shift_in << 18;
		6'b010011: shift_out = shift_in << 19;
		6'b010100: shift_out = shift_in << 20;
		6'b010101: shift_out = shift_in << 21;
		6'b010110: shift_out = shift_in << 22;
		6'b010111: shift_out = shift_in << 23;		
		6'b011000: shift_out = shift_in << 24;
		6'b011001: shift_out = shift_in << 25;
		6'b011010: shift_out = shift_in << 26;
		6'b011011: shift_out = shift_in << 27;
		6'b011100: shift_out = shift_in << 28;
		6'b011101: shift_out = shift_in << 29;
		6'b011110: shift_out = shift_in << 30;
		6'b011111: shift_out = shift_in << 31;		
		6'b100000: shift_out = shift_in << 32;
		6'b100001: shift_out = shift_in << 33;
		6'b100010: shift_out = shift_in << 34;
		6'b100011: shift_out = shift_in << 35;
		6'b100100: shift_out = shift_in << 36;
		6'b100101: shift_out = shift_in << 37;
		6'b100110: shift_out = shift_in << 38;
		6'b100111: shift_out = shift_in << 39;		
		6'b101000: shift_out = shift_in << 40;
		6'b101001: shift_out = shift_in << 41;
		6'b101010: shift_out = shift_in << 42;
		6'b101011: shift_out = shift_in << 43;
		6'b101100: shift_out = shift_in << 44;
		6'b101101: shift_out = shift_in << 45;
		6'b101110: shift_out = shift_in << 46;
		6'b101111: shift_out = shift_in << 47;	
		6'b110000: shift_out = shift_in << 48;
		6'b110001: shift_out = shift_in << 49;	
		6'b110010: shift_out = shift_in << 50;	
		6'b110011: shift_out = shift_in << 51;	
		6'b110100: shift_out = shift_in << 52;	
		6'b110101: shift_out = shift_in << 53;	
		6'b110110: shift_out = shift_in << 54;	
		6'b110111: shift_out = shift_in << 55;	
		6'b111000: shift_out = shift_in << 56;			
	endcase
end

endmodule 
module b_left_shifter (
	shift_in,
	shift_value,
	shift_out
);

input [47:0] shift_in;
input [5:0] shift_value;
output [47:0] shift_out;
reg [47:0] shift_out;

always @(shift_value)
begin
	case (shift_value)	
		6'b000000: shift_out = shift_in;
		6'b000001: shift_out = shift_in << 1;
		6'b000010: shift_out = shift_in << 2;
		6'b000011: shift_out = shift_in << 3;
		6'b000100: shift_out = shift_in << 4;
		6'b000101: shift_out = shift_in << 5;
		6'b000110: shift_out = shift_in << 6;
		6'b000111: shift_out = shift_in << 7;		
		6'b001000: shift_out = shift_in << 8;
		6'b001001: shift_out = shift_in << 9;
		6'b001010: shift_out = shift_in << 10;
		6'b001011: shift_out = shift_in << 11;
		6'b001100: shift_out = shift_in << 12;
		6'b001101: shift_out = shift_in << 13;
		6'b001110: shift_out = shift_in << 14;
		6'b001111: shift_out = shift_in << 15;		
		6'b010000: shift_out = shift_in << 16;
		6'b010001: shift_out = shift_in << 17;
		6'b010010: shift_out = shift_in << 18;
		6'b010011: shift_out = shift_in << 19;
		6'b010100: shift_out = shift_in << 20;
		6'b010101: shift_out = shift_in << 21;
		6'b010110: shift_out = shift_in << 22;
		6'b010111: shift_out = shift_in << 23;		
		6'b011000: shift_out = shift_in << 24;
		6'b011001: shift_out = shift_in << 25;
		6'b011010: shift_out = shift_in << 26;
		6'b011011: shift_out = shift_in << 27;
		6'b011100: shift_out = shift_in << 28;
		6'b011101: shift_out = shift_in << 29;
		6'b011110: shift_out = shift_in << 30;
		6'b011111: shift_out = shift_in << 31;		
		6'b100000: shift_out = shift_in << 32;
		6'b100001: shift_out = shift_in << 33;
		6'b100010: shift_out = shift_in << 34;
		6'b100011: shift_out = shift_in << 35;
		6'b100100: shift_out = shift_in << 36;
		6'b100101: shift_out = shift_in << 37;
		6'b100110: shift_out = shift_in << 38;
		6'b100111: shift_out = shift_in << 39;		
		6'b101000: shift_out = shift_in << 40;
		6'b101001: shift_out = shift_in << 41;
		6'b101010: shift_out = shift_in << 42;
		6'b101011: shift_out = shift_in << 43;
		6'b101100: shift_out = shift_in << 44;
		6'b101101: shift_out = shift_in << 45;
		6'b101110: shift_out = shift_in << 46;
		6'b101111: shift_out = shift_in << 47;	
		6'b110000: shift_out = shift_in << 48;
		
	endcase
end

endmodule 
module b_right_shifter (
	shift_in,
	shift_value,
	shift_out
);

input [47:0] shift_in;
input [5:0] shift_value;
output [47:0] shift_out;
reg [47:0] shift_out; 

always @(shift_value)
begin
	case (shift_value)	
		6'b000000: shift_out = shift_in;
		6'b000001: shift_out = shift_in >> 1;
		6'b000010: shift_out = shift_in >> 2;
		6'b000011: shift_out = shift_in >> 3;
		6'b000100: shift_out = shift_in >> 4;
		6'b000101: shift_out = shift_in >> 5;
		6'b000110: shift_out = shift_in >> 6;
		6'b000111: shift_out = shift_in >> 7;		
		6'b001000: shift_out = shift_in >> 8;
		6'b001001: shift_out = shift_in >> 9;
		6'b001010: shift_out = shift_in >> 10;
		6'b001011: shift_out = shift_in >> 11;
		6'b001100: shift_out = shift_in >> 12;
		6'b001101: shift_out = shift_in >> 13;
		6'b001110: shift_out = shift_in >> 14;
		6'b001111: shift_out = shift_in >> 15;		
		6'b010000: shift_out = shift_in >> 16;
		6'b010001: shift_out = shift_in >> 17;
		6'b010010: shift_out = shift_in >> 18;
		6'b010011: shift_out = shift_in >> 19;
		6'b010100: shift_out = shift_in >> 20;
		6'b010101: shift_out = shift_in >> 21;
		6'b010110: shift_out = shift_in >> 22;
		6'b010111: shift_out = shift_in >> 23;		
		6'b011000: shift_out = shift_in >> 24;
		6'b011001: shift_out = shift_in >> 25;
		6'b011010: shift_out = shift_in >> 26;
		6'b011011: shift_out = shift_in >> 27;
		6'b011100: shift_out = shift_in >> 28;
		6'b011101: shift_out = shift_in >> 29;
		6'b011110: shift_out = shift_in >> 30;
		6'b011111: shift_out = shift_in >> 31;		
		6'b100000: shift_out = shift_in >> 32;
		6'b100001: shift_out = shift_in >> 33;
		6'b100010: shift_out = shift_in >> 34;
		6'b100011: shift_out = shift_in >> 35;
		6'b100100: shift_out = shift_in >> 36;
		6'b100101: shift_out = shift_in >> 37;
		6'b100110: shift_out = shift_in >> 38;
		6'b100111: shift_out = shift_in >> 39;		
		6'b101000: shift_out = shift_in >> 40;
		6'b101001: shift_out = shift_in >> 41;
		6'b101010: shift_out = shift_in >> 42;
		6'b101011: shift_out = shift_in >> 43;
		6'b101100: shift_out = shift_in >> 44;
		6'b101101: shift_out = shift_in >> 45;
		6'b101110: shift_out = shift_in >> 46;
		6'b101111: shift_out = shift_in >> 47;	
		6'b110000: shift_out = shift_in >> 48;
		
	endcase
end

//assign shift_out = shift_in >> shift_value;

endmodule 
module pri_encoder ( fract_in, fi_ldz );

input [47:0] fract_in;
output [5:0] fi_ldz;
reg [5:0] fi_ldz_r0;

assign fi_ldz = fi_ldz_r0;

always @(fract_in)
begin
	if (fract_in[47:47] == 1'b1) 
		 fi_ldz_r0 = 6'd1;
	else if (fract_in[47:46] == 2'b01) 
		 fi_ldz_r0 = 6'd2;
	else if (fract_in[47:45] == 3'b001) 
		 fi_ldz_r0 = 6'd3;
	else if (fract_in[47:44] == 4'b0001) 
		 fi_ldz_r0 = 6'd4;
	else if (fract_in[47:43] == 5'b00001) 
		 fi_ldz_r0 = 6'd5;
	else if (fract_in[47:42] == 6'b000001) 
		 fi_ldz_r0 = 6'd6;
	else if (fract_in[47:41] == 7'b0000001) 
		 fi_ldz_r0 = 6'd7;
	else if (fract_in[47:40] == 8'b00000001) 
		 fi_ldz_r0 = 6'd8;
	else if (fract_in[47:39] == 9'b000000001) 
		 fi_ldz_r0 = 6'd9;
	else if (fract_in[47:38] == 10'b0000000001) 
		 fi_ldz_r0 = 6'd10;
	else if (fract_in[47:37] == 11'b00000000001) 
		 fi_ldz_r0 = 6'd11;
	else if (fract_in[47:36] == 12'b000000000001) 
		 fi_ldz_r0 = 6'd12;
	else if (fract_in[47:35] == 13'b0000000000001) 
		 fi_ldz_r0 = 6'd13;
	else if (fract_in[47:34] == 14'b00000000000001) 
		 fi_ldz_r0 = 6'd14;
	else if (fract_in[47:33] == 15'b000000000000001) 
		 fi_ldz_r0 = 6'd15;
	else if (fract_in[47:32] == 16'b0000000000000001) 
		 fi_ldz_r0 = 6'd16;
	else if (fract_in[47:31] == 17'b00000000000000001) 
		 fi_ldz_r0 = 6'd17;
	else if (fract_in[47:30] == 18'b000000000000000001) 
		 fi_ldz_r0 = 6'd18;
	else if (fract_in[47:29] == 19'b0000000000000000001) 
		 fi_ldz_r0 = 6'd19;
	else if (fract_in[47:28] == 20'b00000000000000000001) 
		 fi_ldz_r0 = 6'd20;
	else if (fract_in[47:27] == 21'b000000000000000000001) 
		 fi_ldz_r0 = 6'd21;
	else if (fract_in[47:26] == 22'b0000000000000000000001) 
		 fi_ldz_r0 = 6'd22;
	else if (fract_in[47:25] == 23'b00000000000000000000001) 
		 fi_ldz_r0 = 6'd23;
	else if (fract_in[47:24] == 24'b000000000000000000000001) 
		 fi_ldz_r0 = 6'd24;
	else if (fract_in[47:23] == 25'b0000000000000000000000001) 
		 fi_ldz_r0 = 6'd25;
	else if (fract_in[47:22] == 26'b00000000000000000000000001) 
		 fi_ldz_r0 = 6'd26;
	else if (fract_in[47:21] == 27'b000000000000000000000000001) 
		 fi_ldz_r0 = 6'd27;
	else if (fract_in[47:20] == 28'b0000000000000000000000000001) 
		 fi_ldz_r0 = 6'd28;
	else if (fract_in[47:19] == 29'b00000000000000000000000000001) 
		 fi_ldz_r0 = 6'd29;
	else if (fract_in[47:18] == 30'b000000000000000000000000000001) 
		 fi_ldz_r0 = 6'd30;
	else if (fract_in[47:17] == 31'b0000000000000000000000000000001) 
		 fi_ldz_r0 = 6'd31;
	else if (fract_in[47:16] == 32'b00000000000000000000000000000001) 
		 fi_ldz_r0 = 6'd32;
	else if (fract_in[47:15] == 33'b000000000000000000000000000000001) 
		 fi_ldz_r0 = 6'd33;
	else if (fract_in[47:14] == 34'b0000000000000000000000000000000001) 
		 fi_ldz_r0 = 6'd34;
	else if (fract_in[47:13] == 35'b00000000000000000000000000000000001) 
		 fi_ldz_r0 = 6'd35;
	else if (fract_in[47:12] == 36'b000000000000000000000000000000000001) 
		 fi_ldz_r0 = 6'd36;
	else if (fract_in[47:11] == 37'b0000000000000000000000000000000000001) 
		 fi_ldz_r0 = 6'd37;
	else if (fract_in[47:10] == 38'b00000000000000000000000000000000000001) 
		 fi_ldz_r0 = 6'd38;
	else if (fract_in[47:9]  == 39'b000000000000000000000000000000000000001) 
		 fi_ldz_r0 = 6'd39;
	else if (fract_in[47:8]  == 40'b0000000000000000000000000000000000000001) 
		 fi_ldz_r0 = 6'd40;
	else if (fract_in[47:7]  == 41'b00000000000000000000000000000000000000001) 
		 fi_ldz_r0 = 6'd41;
	else if (fract_in[47:6]  == 42'b000000000000000000000000000000000000000001) 
		 fi_ldz_r0 = 6'd42;
	else if (fract_in[47:5]  == 43'b0000000000000000000000000000000000000000001) 
		 fi_ldz_r0 = 6'd43;
	else if (fract_in[47:4]  == 44'b00000000000000000000000000000000000000000001) 
		 fi_ldz_r0 = 6'd44;
	else if (fract_in[47:3]  == 45'b000000000000000000000000000000000000000000001) 
		 fi_ldz_r0 = 6'd45;
	else if (fract_in[47:2]  == 46'b0000000000000000000000000000000000000000000001) 
		 fi_ldz_r0 = 6'd46;
	else if (fract_in[47:1]  == 47'b00000000000000000000000000000000000000000000001) 
		 fi_ldz_r0 = 6'd47;
	else if (fract_in[47:0]  == 48'b000000000000000000000000000000000000000000000001) 
		 fi_ldz_r0 = 6'd48;
	else if (fract_in[47:0]  == 48'b000000000000000000000000000000000000000000000000) 
		 fi_ldz_r0 = 6'd48;
end

endmodule